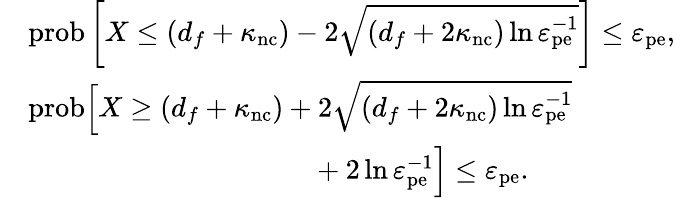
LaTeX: \begin{array}{rl}&{\mathrm{prob}\left[X\leq(d_{f}+\kappa_{\mathrm{nc}})-2\sqrt{(d_{f}+2\kappa_{\mathrm{nc}})\ln\varepsilon_{\mathrm{pe}}^{-1}}\right]\leq\varepsilon_{\mathrm{pe}},}\\ &{\mathrm{prob}\Big[X\geq(d_{f}+\kappa_{\mathrm{nc}})+2\sqrt{(d_{f}+2\kappa_{\mathrm{nc}})\ln\varepsilon_{\mathrm{pe}}^{-1}}}\\ &{~~~~~~~~~~~~~~~~~~~~~~~~~~~~~~~~~~~~~~~~+2\ln\varepsilon_{\mathrm{pe}}^{-1}\Big]\leq\varepsilon_{\mathrm{pe}}.}\end{array}